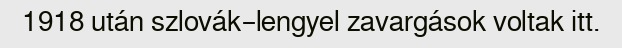
1918 után szlovák–lengyel zavargások voltak itt.